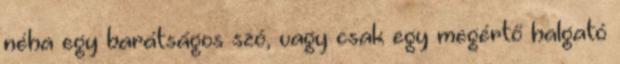
néha egy barátságos szó, vagy csak egy megértő halgató